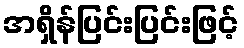
အရှိန်ပြင်းပြင်းဖြင့်